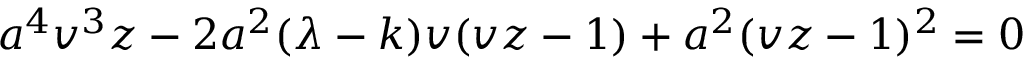
a ^ { 4 } v ^ { 3 } z - 2 a ^ { 2 } ( \lambda - k ) v ( v z - 1 ) + a ^ { 2 } ( v z - 1 ) ^ { 2 } = 0